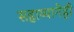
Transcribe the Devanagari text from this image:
सहाय्यानेही